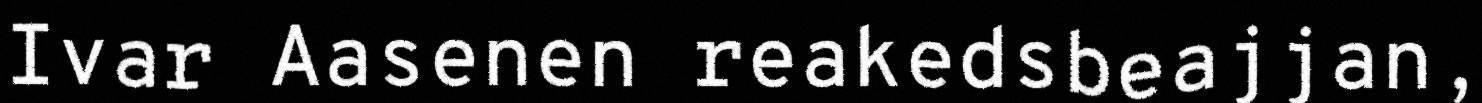
Ivar Aasenen reakedsbeajjan,